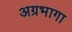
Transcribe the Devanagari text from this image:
अग्रभागा